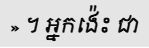
» ។ អ្នកង៉េះ ជា